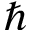
\hbar